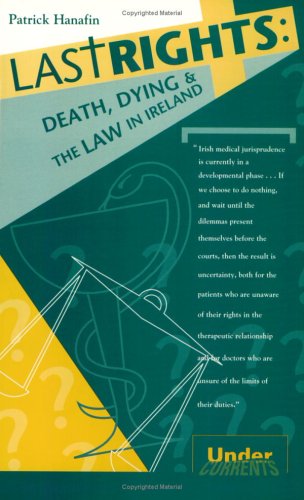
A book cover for Last Rights: Death and Dying in Ireland (Undercurrents, 12); Patrick Hanafin; Law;